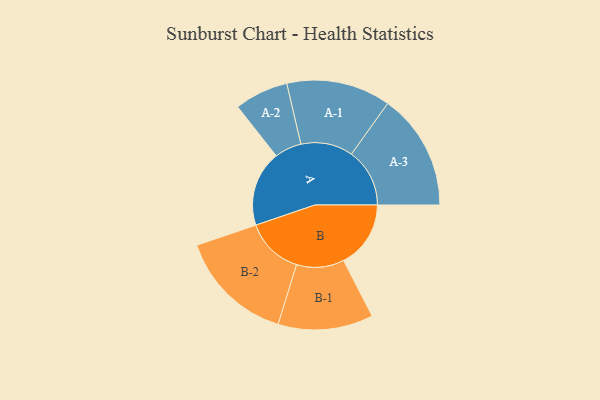
{"axis": {"x": "Segment", "y": "Value"}, "legend": ["", "A", "B"], "data": [{"x": "A", "y": 381, "type": ""}, {"x": "B", "y": 339, "type": ""}, {"x": "A-1", "y": 263, "type": "A"}, {"x": "A-2", "y": 136, "type": "A"}, {"x": "A-3", "y": 294, "type": "A"}, {"x": "B-1", "y": 240, "type": "B"}, {"x": "B-2", "y": 292, "type": "B"}]}